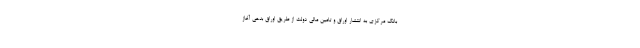
بانک مرکزی به انتشار اوراق و تامین مالی دولت از طریق اوراق بدهی آغاز